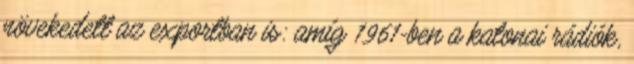
növekedett az exportban is: amíg 1961-ben a katonai rádiók,